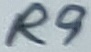
Text: R9